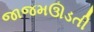
જાજમઊડતી